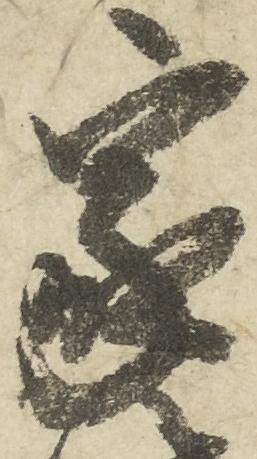
家